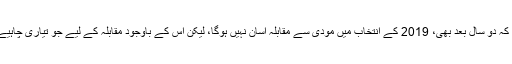
کانگریس کے علاوہ دیگر سیاسی پارٹیاں بھی یہ جانتی ہیں کہ دو سال بعد بھی، 2019 کے انتخاب میں مودی سے مقابلہ آسان نہیں ہوگا، لیکن اس کے باوجود مقابلہ کے لیے جو تیاری چاہیے تھی، وہ تیاری کسی بھی سیاسی پارٹی کے پاس نہیں ہے۔